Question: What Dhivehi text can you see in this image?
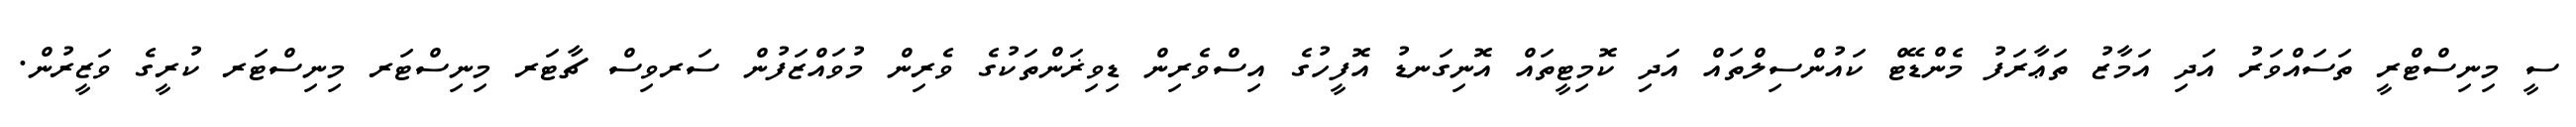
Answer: ސީ މިނިސްޓްރީ ތަސައްވަރު އަދި އަމާޒު ތަޢާރަފު މެންޑޭޓް ކައުންސިލްތައް އަދި ކޮމިޓީތައް އޮނިގަނޑު އޮފީހުގެ އިސްވެރިން ޑިވިޜަންތަކުގެ ވެރިން މުވައްޒަފުން ސަރވިސް ޗާޓަރ މިނިސްޓަރ މިނިސްޓަރ ކުރީގެ ވަޒީރުން.